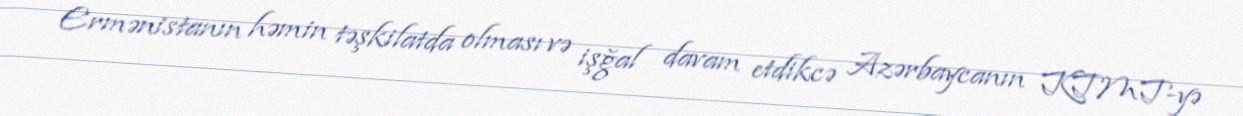
Ermənistanın həmin təşkilatda olması və işğal davam etdikcə Azərbaycanın KTMT-yə